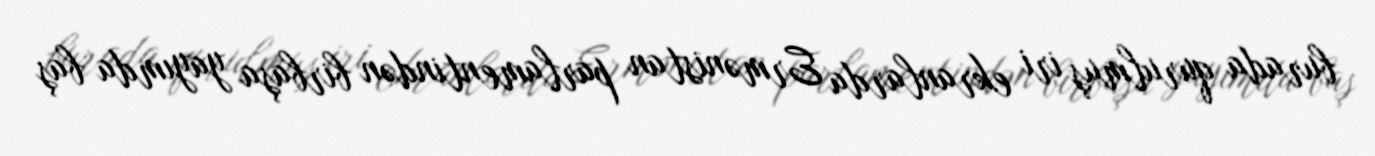
burada qurulmuş iri ekranlarda Ermənistan parlamentindən birbaşa yayımda baş